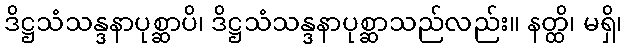
ဒိဋ္ဌသံသန္ဒနာပုစ္ဆာပိ၊ ဒိဋ္ဌသံသန္ဒနာပုစ္ဆာသည်လည်း။ နတ္ထိ၊ မရှိ၊